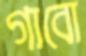
গাবো